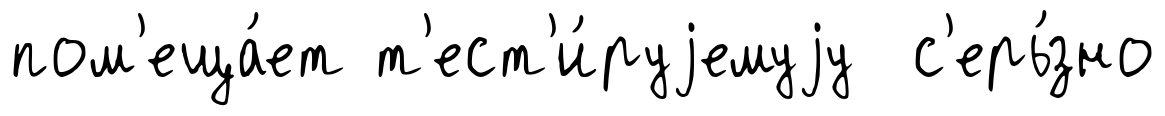
пом'еща́ет т'ест'и́руjемуjу с'ерь́зно